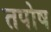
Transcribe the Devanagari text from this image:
तपोष